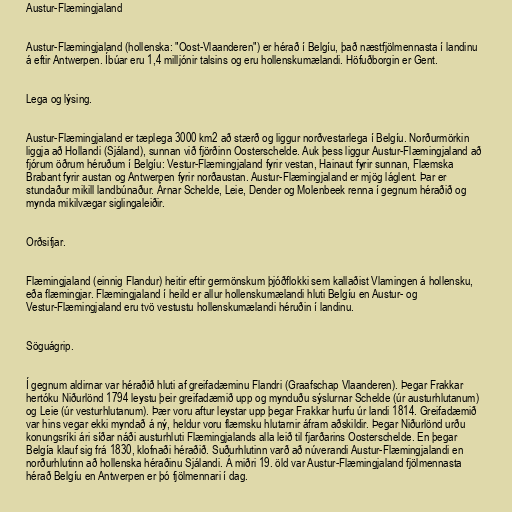
Austur-Flæmingjaland

Austur-Flæmingjaland (hollenska: "Oost-Vlaanderen") er hérað í Belgíu, það næstfjölmennasta í landinu
á eftir Antwerpen. Íbúar eru 1,4 milljónir talsins og eru hollenskumælandi. Höfuðborgin er Gent.

Lega og lýsing.

Austur-Flæmingjaland er tæplega 3000 km2 að stærð og liggur norðvestarlega í Belgíu. Norðurmörkin
liggja að Hollandi (Sjáland), sunnan við fjörðinn Oosterschelde. Auk þess liggur Austur-Flæmingjaland að
fjórum öðrum héruðum í Belgíu: Vestur-Flæmingjaland fyrir vestan, Hainaut fyrir sunnan, Flæmska
Brabant fyrir austan og Antwerpen fyrir norðaustan. Austur-Flæmingjaland er mjög láglent. Þar er
stundaður mikill landbúnaður. Árnar Schelde, Leie, Dender og Molenbeek renna í gegnum héraðið og
mynda mikilvægar siglingaleiðir.

Orðsifjar.

Flæmingjaland (einnig Flandur) heitir eftir germönskum þjóðflokki sem kallaðist Vlamingen á hollensku,
eða flæmingjar. Flæmingjaland í heild er allur hollenskumælandi hluti Belgíu en Austur- og
Vestur-Flæmingjaland eru tvö vestustu hollenskumælandi héruðin í landinu.

Söguágrip.

Í gegnum aldirnar var héraðið hluti af greifadæminu Flandri (Graafschap Vlaanderen). Þegar Frakkar
hertóku Niðurlönd 1794 leystu þeir greifadæmið upp og mynduðu sýslurnar Schelde (úr austurhlutanum)
og Leie (úr vesturhlutanum). Þær voru aftur leystar upp þegar Frakkar hurfu úr landi 1814. Greifadæmið
var hins vegar ekki myndað á ný, heldur voru flæmsku hlutarnir áfram aðskildir. Þegar Niðurlönd urðu
konungsríki ári síðar náði austurhluti Flæmingjalands alla leið til fjarðarins Oosterschelde. En þegar
Belgía klauf sig frá 1830, klofnaði héraðið. Suðurhlutinn varð að núverandi Austur-Flæmingjalandi en
norðurhlutinn að hollenska héraðinu Sjálandi. Á miðri 19. öld var Austur-Flæmingjaland fjölmennasta
hérað Belgíu en Antwerpen er þó fjölmennari í dag.